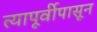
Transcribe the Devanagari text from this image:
त्यापूर्वीपासून